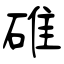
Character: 碓